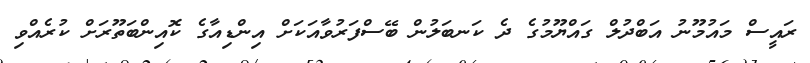
ރައީސް މައުމޫނު އަބްދުލް ގައްޔޫމުގެ ދެ ކަނބަލުން ބޭސްފަރުވާއަކަށް އިންޑިއާގެ ކޮއިންބަތޫރަށް ކުރެއްވި